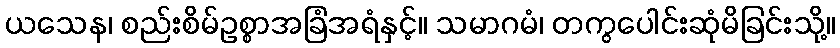
ယသေန၊ စည်းစိမ်ဥစ္စာအခြံအရံနှင့်။ သမာဂမံ၊ တကွပေါင်းဆုံမိခြင်းသို့။